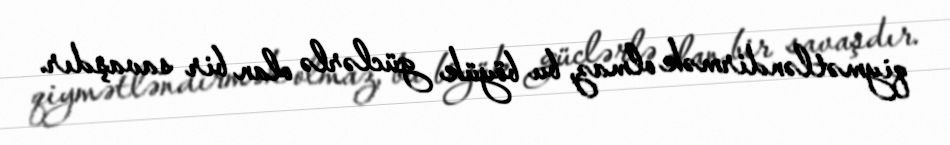
qiymətləndirmək olmaz, bu böyük güclərlə olan bir savaşdır.